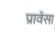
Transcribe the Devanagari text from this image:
प्रावेंसा